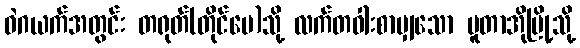
ဝဲဂယက်အတွင်း တရုတ်(တိုင်ပေ)သို့ လက်တဝါးစာမျှသော ပူတာအိုမြို့သို့